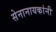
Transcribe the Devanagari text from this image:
सेनानायकांनी